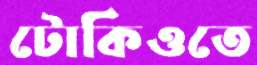
টোকিওতে